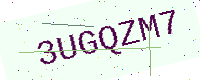
Text: 3UGQZM7